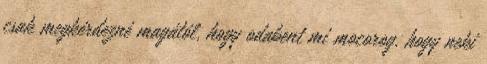
csak megkérdezné magától, hogy odabent mi mocorog, hogy neki